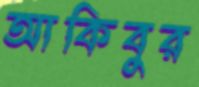
আকিবুর